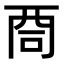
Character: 𠱩